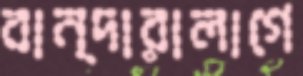
বান্দারালাগে